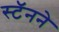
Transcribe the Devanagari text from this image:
स्टॅनने